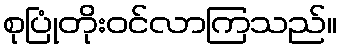
စုပြုံတိုးဝင်လာကြသည်။